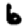
Digit: 6